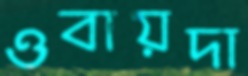
ওবায়দা